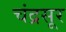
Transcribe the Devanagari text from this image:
चंद्रसूर